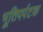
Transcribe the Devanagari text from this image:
भूतिपर्पटक